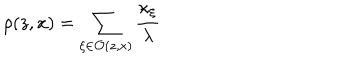
LaTeX: \rho ( z , x ) = \sum _ { \xi \in \mathcal { O } ( z , x ) } \frac { \kappa _ { \xi } } { \lambda }